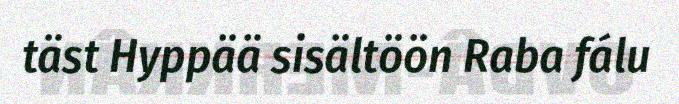
täst Hyppää sisältöön Raba fálu